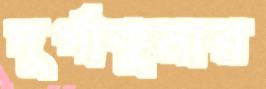
দুর্গাকুমার